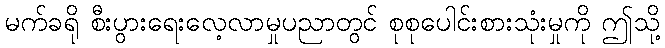
မက်ခရို စီးပွားရေးလေ့လာမှုပညာတွင် စုစုပေါင်းစားသုံးမှုကို ဤသို့